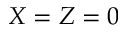
X = Z = 0